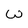
Character: W